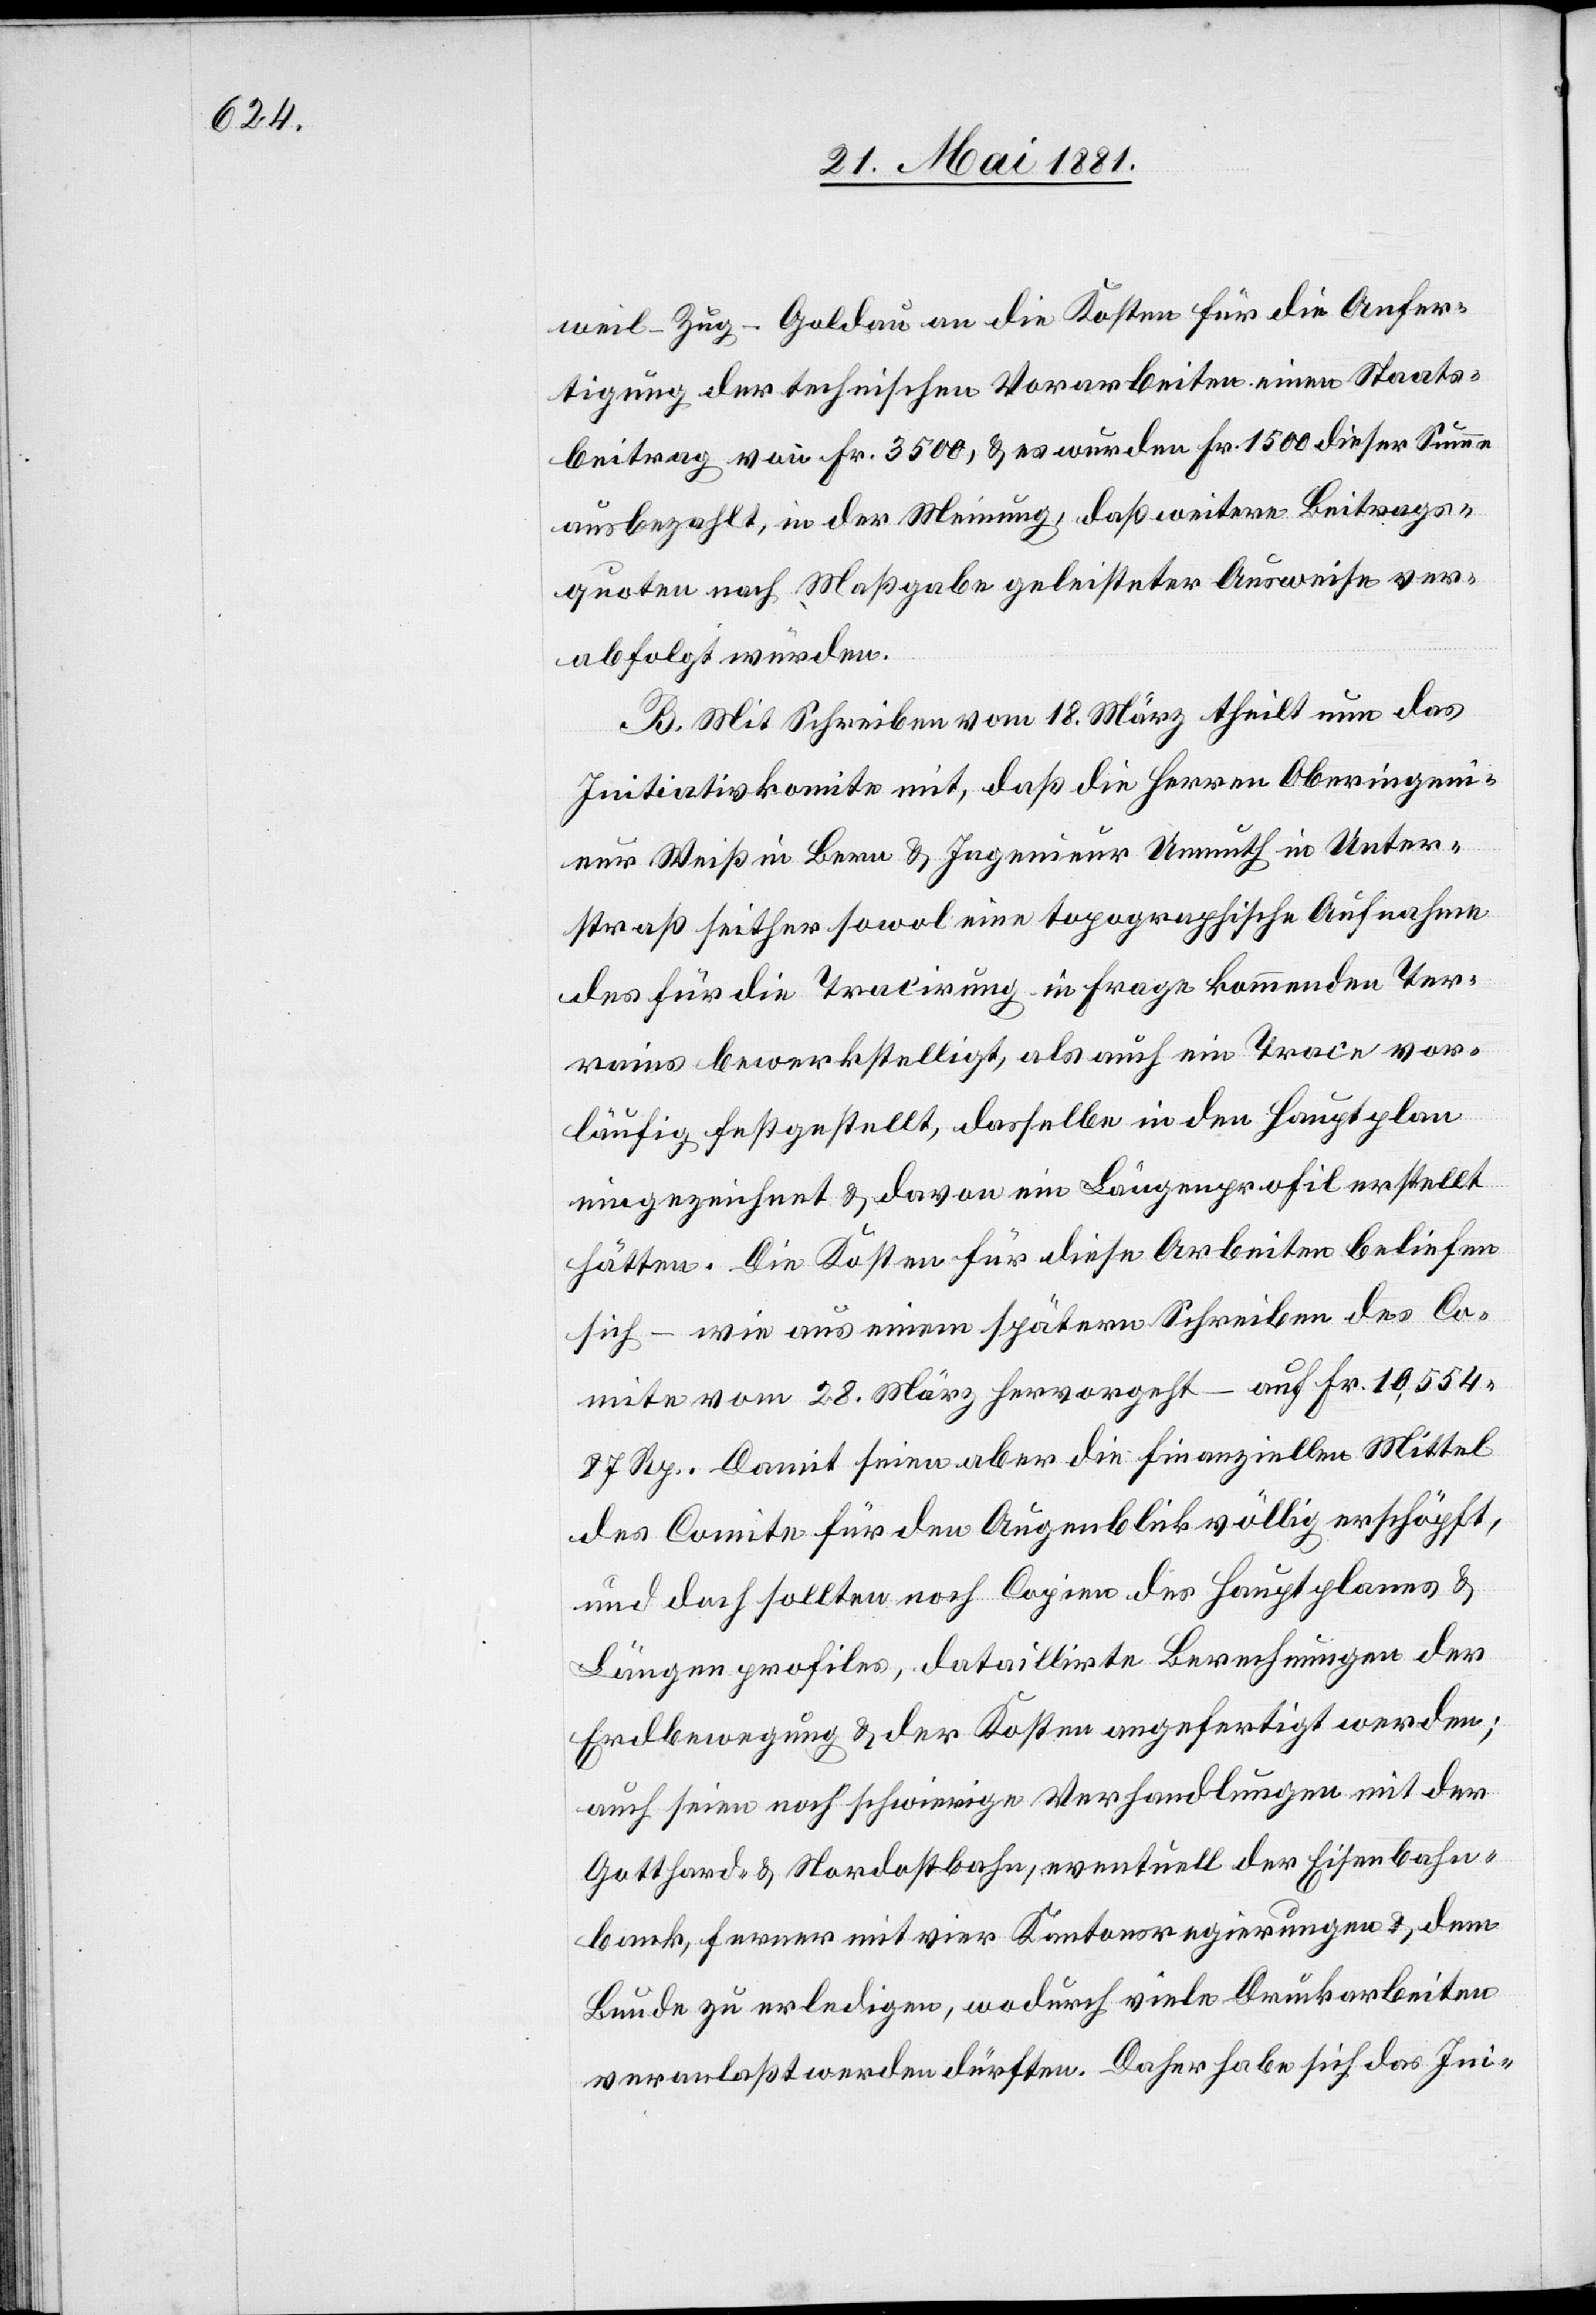
weil–Zug–Goldau an die Kosten für die Anfer¬
tigung der technischen Vorarbeiten einen Staats¬
beitrag von Fr. 3500, & es wurden Fr. 1500 dieser Summe
ausbezahlt, in der Meinung, daß weitere Beitrags¬
quoten nach Maßgabe geleisteter Ausweise ver¬
abfolgt würden.
B. Mit Schreiben vom 18. März theilt nun das
Initiativkomite mit, daß die Herren Oberingeni¬
eur Weiß in Bern & Ingenieur Unmuth in Unter¬
straß seither sowol eine topographische Aufnahme
des für die Tracirung in Frage kommenden Ter¬
rains bewerkstelligt, als auch ein Trace vor¬
läufig festgestellt, dasselbe in den Hauptplan
eingezeichnet & davon ein Längenprofil erstellt
hätten. Die Kosten für diese Arbeiten beliefen
sich – wie aus einem spätern Schreiben des Co¬
mite vom 28. März hervorgeht – auf Fr. 10,554
27 Rp. Damit seien aber die finanziellen Mittel
des Comite für den Augenblick völlig erschöpft,
und doch sollten noch Copien des Hauptplanes &
Längenprofiles, dataillirte [sic!] Berechnungen der
Erdbewegung & der Kosten angefertigt werden;
auch seien noch schwierige Verhandlungen mit der
Gotthard- & Nordostbahn, eventuelle der Eisenbahn¬
bank, ferner mit vier Kantonsregierungen & dem
Bunde zu erledigen, wodurch viele Druckarbeiten
veranlaßt werden dürften. Daher habe sich das Ini-